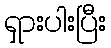
ရှားပါးပြီး